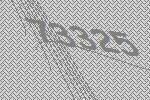
73325